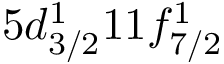
5 d _ { 3 / 2 } ^ { 1 } 1 1 f _ { 7 / 2 } ^ { 1 }